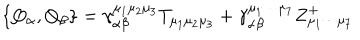
\left\{ Q _ { \alpha } , Q _ { \beta } \right\} = \gamma _ { \alpha \beta } ^ { \mu _ { 1 } \mu _ { 2 } \mu _ { 3 } } T _ { \mu _ { 1 } \mu _ { 2 } \mu _ { 3 } } + \gamma _ { \alpha \beta } ^ { \mu _ { 1 } \cdots \mu _ { 7 } } Z _ { \mu _ { 1 } \cdots \mu _ { 7 } } ^ { + }